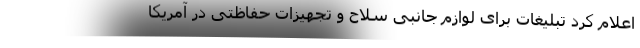
اعلام کرد تبلیغات برای لوازم جانبی سلاح و تجهیزات حفاظتی در آمریکا